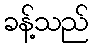
ခန့်သည်